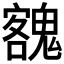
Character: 𩳼